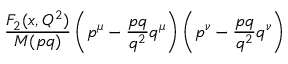
{ \frac { F _ { 2 } ( x , Q ^ { 2 } ) } { M ( p q ) } } \left( p ^ { \mu } - { \frac { p q } { q ^ { 2 } } } q ^ { \mu } \right) \left( p ^ { \nu } - { \frac { p q } { q ^ { 2 } } } q ^ { \nu } \right)